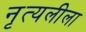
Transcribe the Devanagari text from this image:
नृत्यलीला